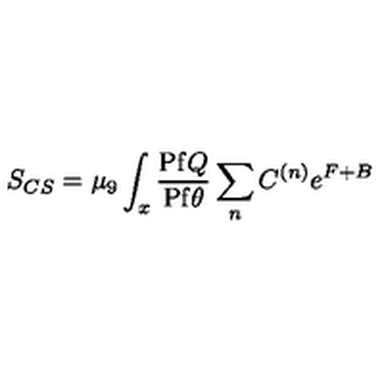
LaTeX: S _ { C S } = \mu _ { 9 } \int _ { x } { \frac { \mathrm { P f } Q } { \mathrm { P f } \theta } } \sum _ { n } C ^ { ( n ) } e ^ { F + B }